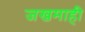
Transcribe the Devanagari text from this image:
जखमाही